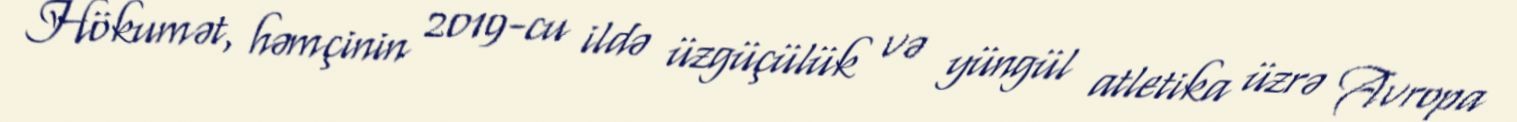
Hökumət, həmçinin 2019-cu ildə üzgüçülük və yüngül atletika üzrə Avropa